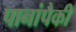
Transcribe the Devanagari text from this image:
पानांपैकी